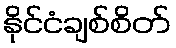
နိုင်ငံချစ်စိတ်